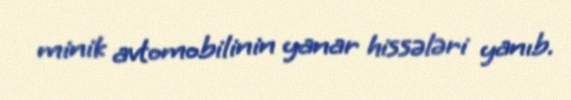
minik avtomobilinin yanar hissələri yanıb.